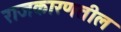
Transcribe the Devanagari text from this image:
राजकारणतील